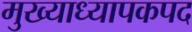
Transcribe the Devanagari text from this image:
मुख्याध्यापकपद